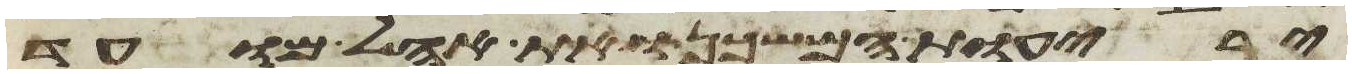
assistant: יריעות המשכן ואת אהל מועד